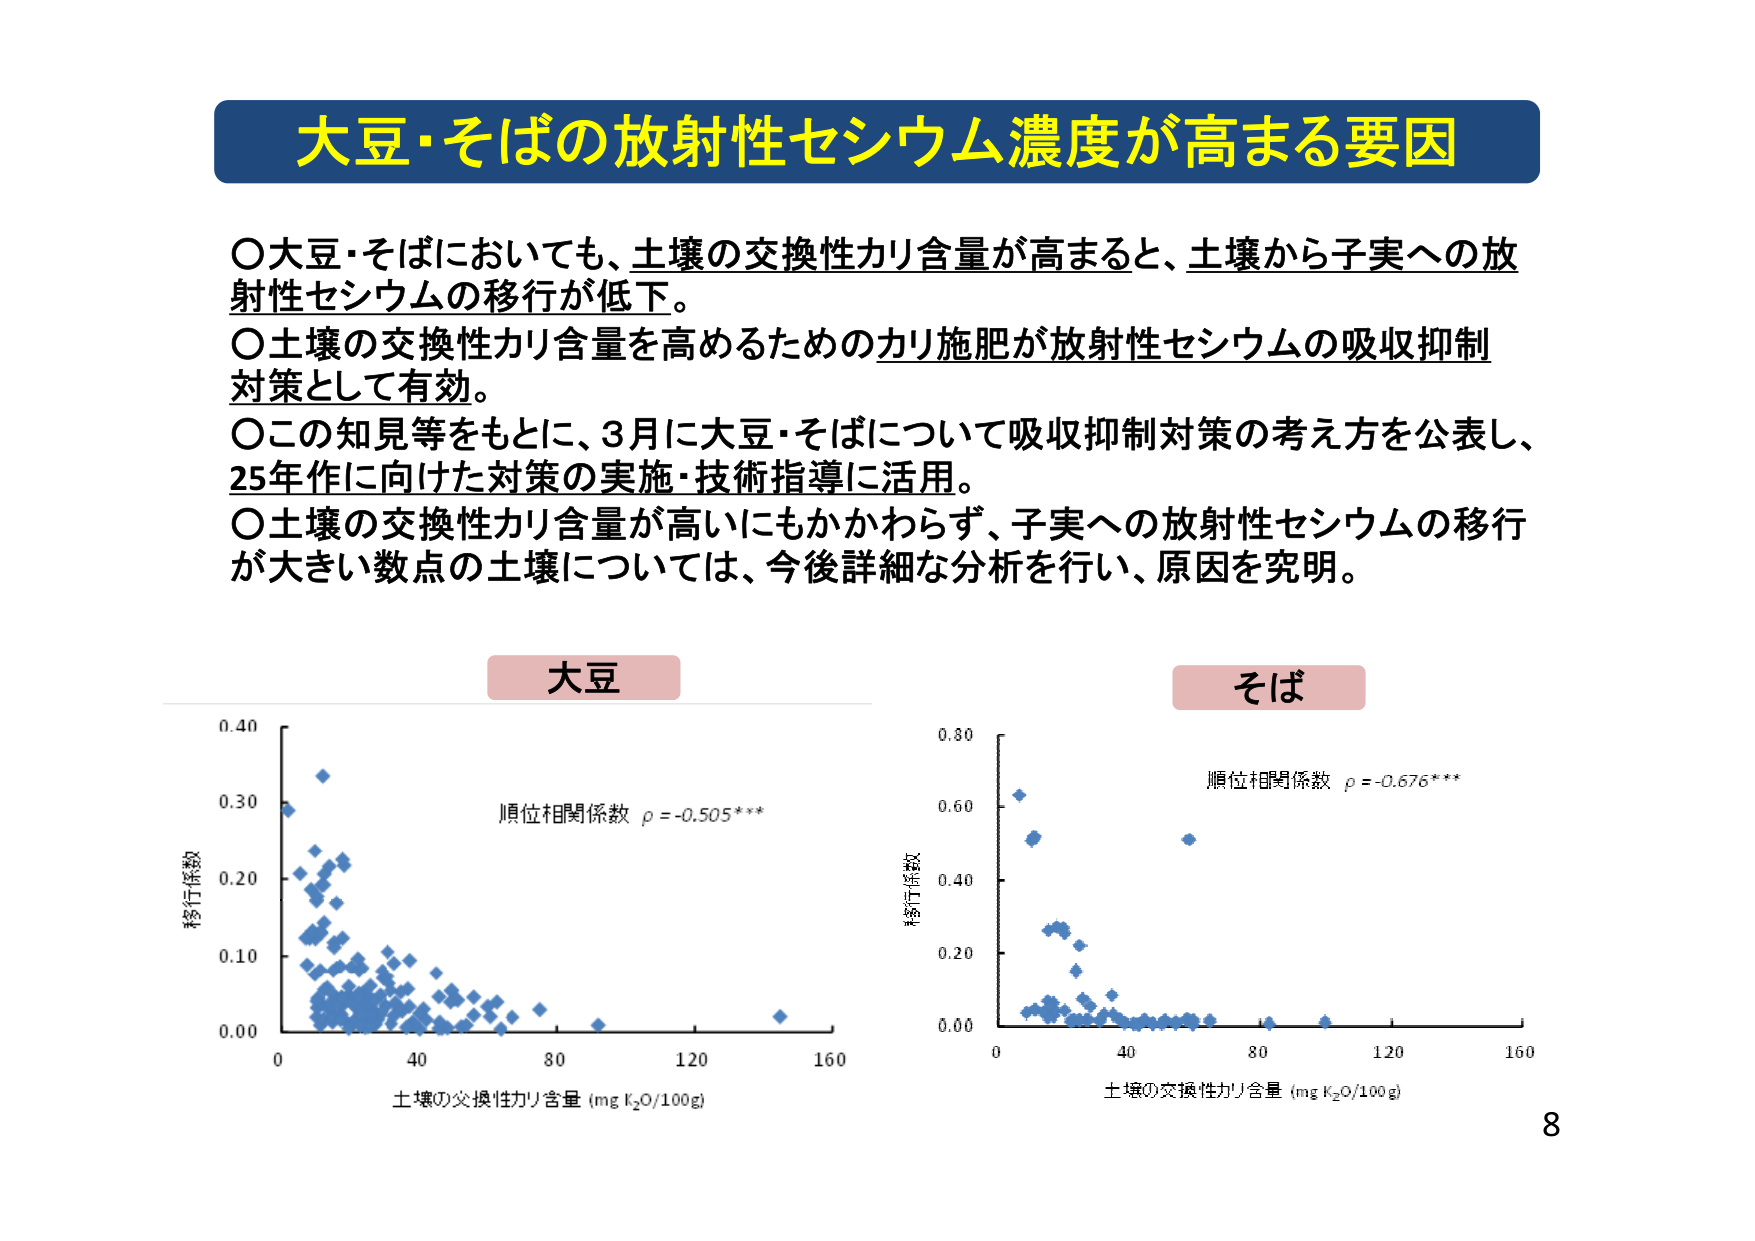
大豆・そばの放射性セシウム濃度が高まる要因

〇大豆・そばにおいても、土壌の交換性カリ含量が高まると、土壌から子実への放射性セシウムの移行が低下。
〇土壌の交換性カリ含量を高めるためのカリ施肥が放射性セシウムの吸収抑制対策として有効。
〇この知見等をもとに、3月に大豆・そばについて吸収抑制対策の考え方を公表し、25年作に向けた対策の実施・技術指導に活用。
〇土壌の交換性カリ含量が高いにもかかわらず、子実への放射性セシウムの移行が大きい数点の土壌については、今後詳細な分析を行い、原因を究明。

大豆
移行係数
0.40
0.30
0.20
0.10
0.00
0 40 80 120 160
土壌の交換性カリ含量 (mg K₂O/100g)
順位相関係数 ρ = -0.505***

そば
移行係数
0.80
0.60
0.40
0.20
0.00
0 40 80 120 160
土壌の交換性カリ含量 (mg K₂O/100g)
順位相関係数 ρ = -0.676***

8